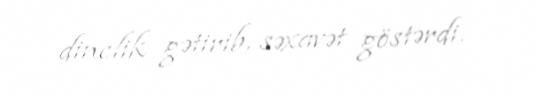
dinclik gətirib, səxavət göstərdi.